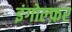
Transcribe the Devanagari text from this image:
इंगोल्फ़र